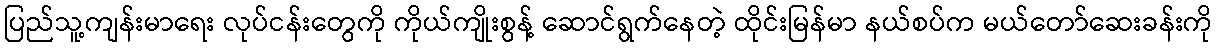
ပြည်သူ့ကျန်းမာရေး လုပ်ငန်းတွေကို ကိုယ်ကျိုးစွန့် ဆောင်ရွက်နေတဲ့ ထိုင်းမြန်မာ နယ်စပ်က မယ်တော်ဆေးခန်းကို